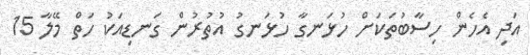
އަދި އެހެން ހިސާބުތަކަށް ހުޅަނގާ ހުޅަނގު އުތުރުން ގަނޑިއަކު ހަތް މޭލާ 15